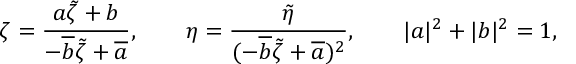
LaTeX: \zeta = \frac { a \tilde { \zeta } + b } { - \overline { { { b } } } \tilde { \zeta } + \overline { { { a } } } } , \qquad \eta = \frac { \tilde { \eta } } { ( - \overline { { { b } } } \tilde { \zeta } + \overline { { { a } } } ) ^ { 2 } } , \qquad | a | ^ { 2 } + | b | ^ { 2 } = 1 ,